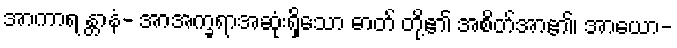
အာကာရ န္တာနံ- အာအက္ခရာအဆုံးရှိသော ဓာတ် တို့၏ အစိတ်အာ၏၊ အာယော-